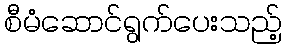
စီမံဆောင်ရွက်ပေးသည့်